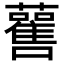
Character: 𧃼